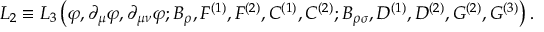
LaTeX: { \cal L } _ { 2 } \equiv { \cal L } _ { 3 } \left( \varphi , \partial _ { \mu } \varphi , \partial _ { \mu \nu } \varphi ; B _ { \rho } , F ^ { ( 1 ) } , F ^ { ( 2 ) } , C ^ { ( 1 ) } , C ^ { ( 2 ) } ; B _ { \rho \sigma } , D ^ { ( 1 ) } , D ^ { ( 2 ) } , G ^ { ( 2 ) } , G ^ { ( 3 ) } \right) .